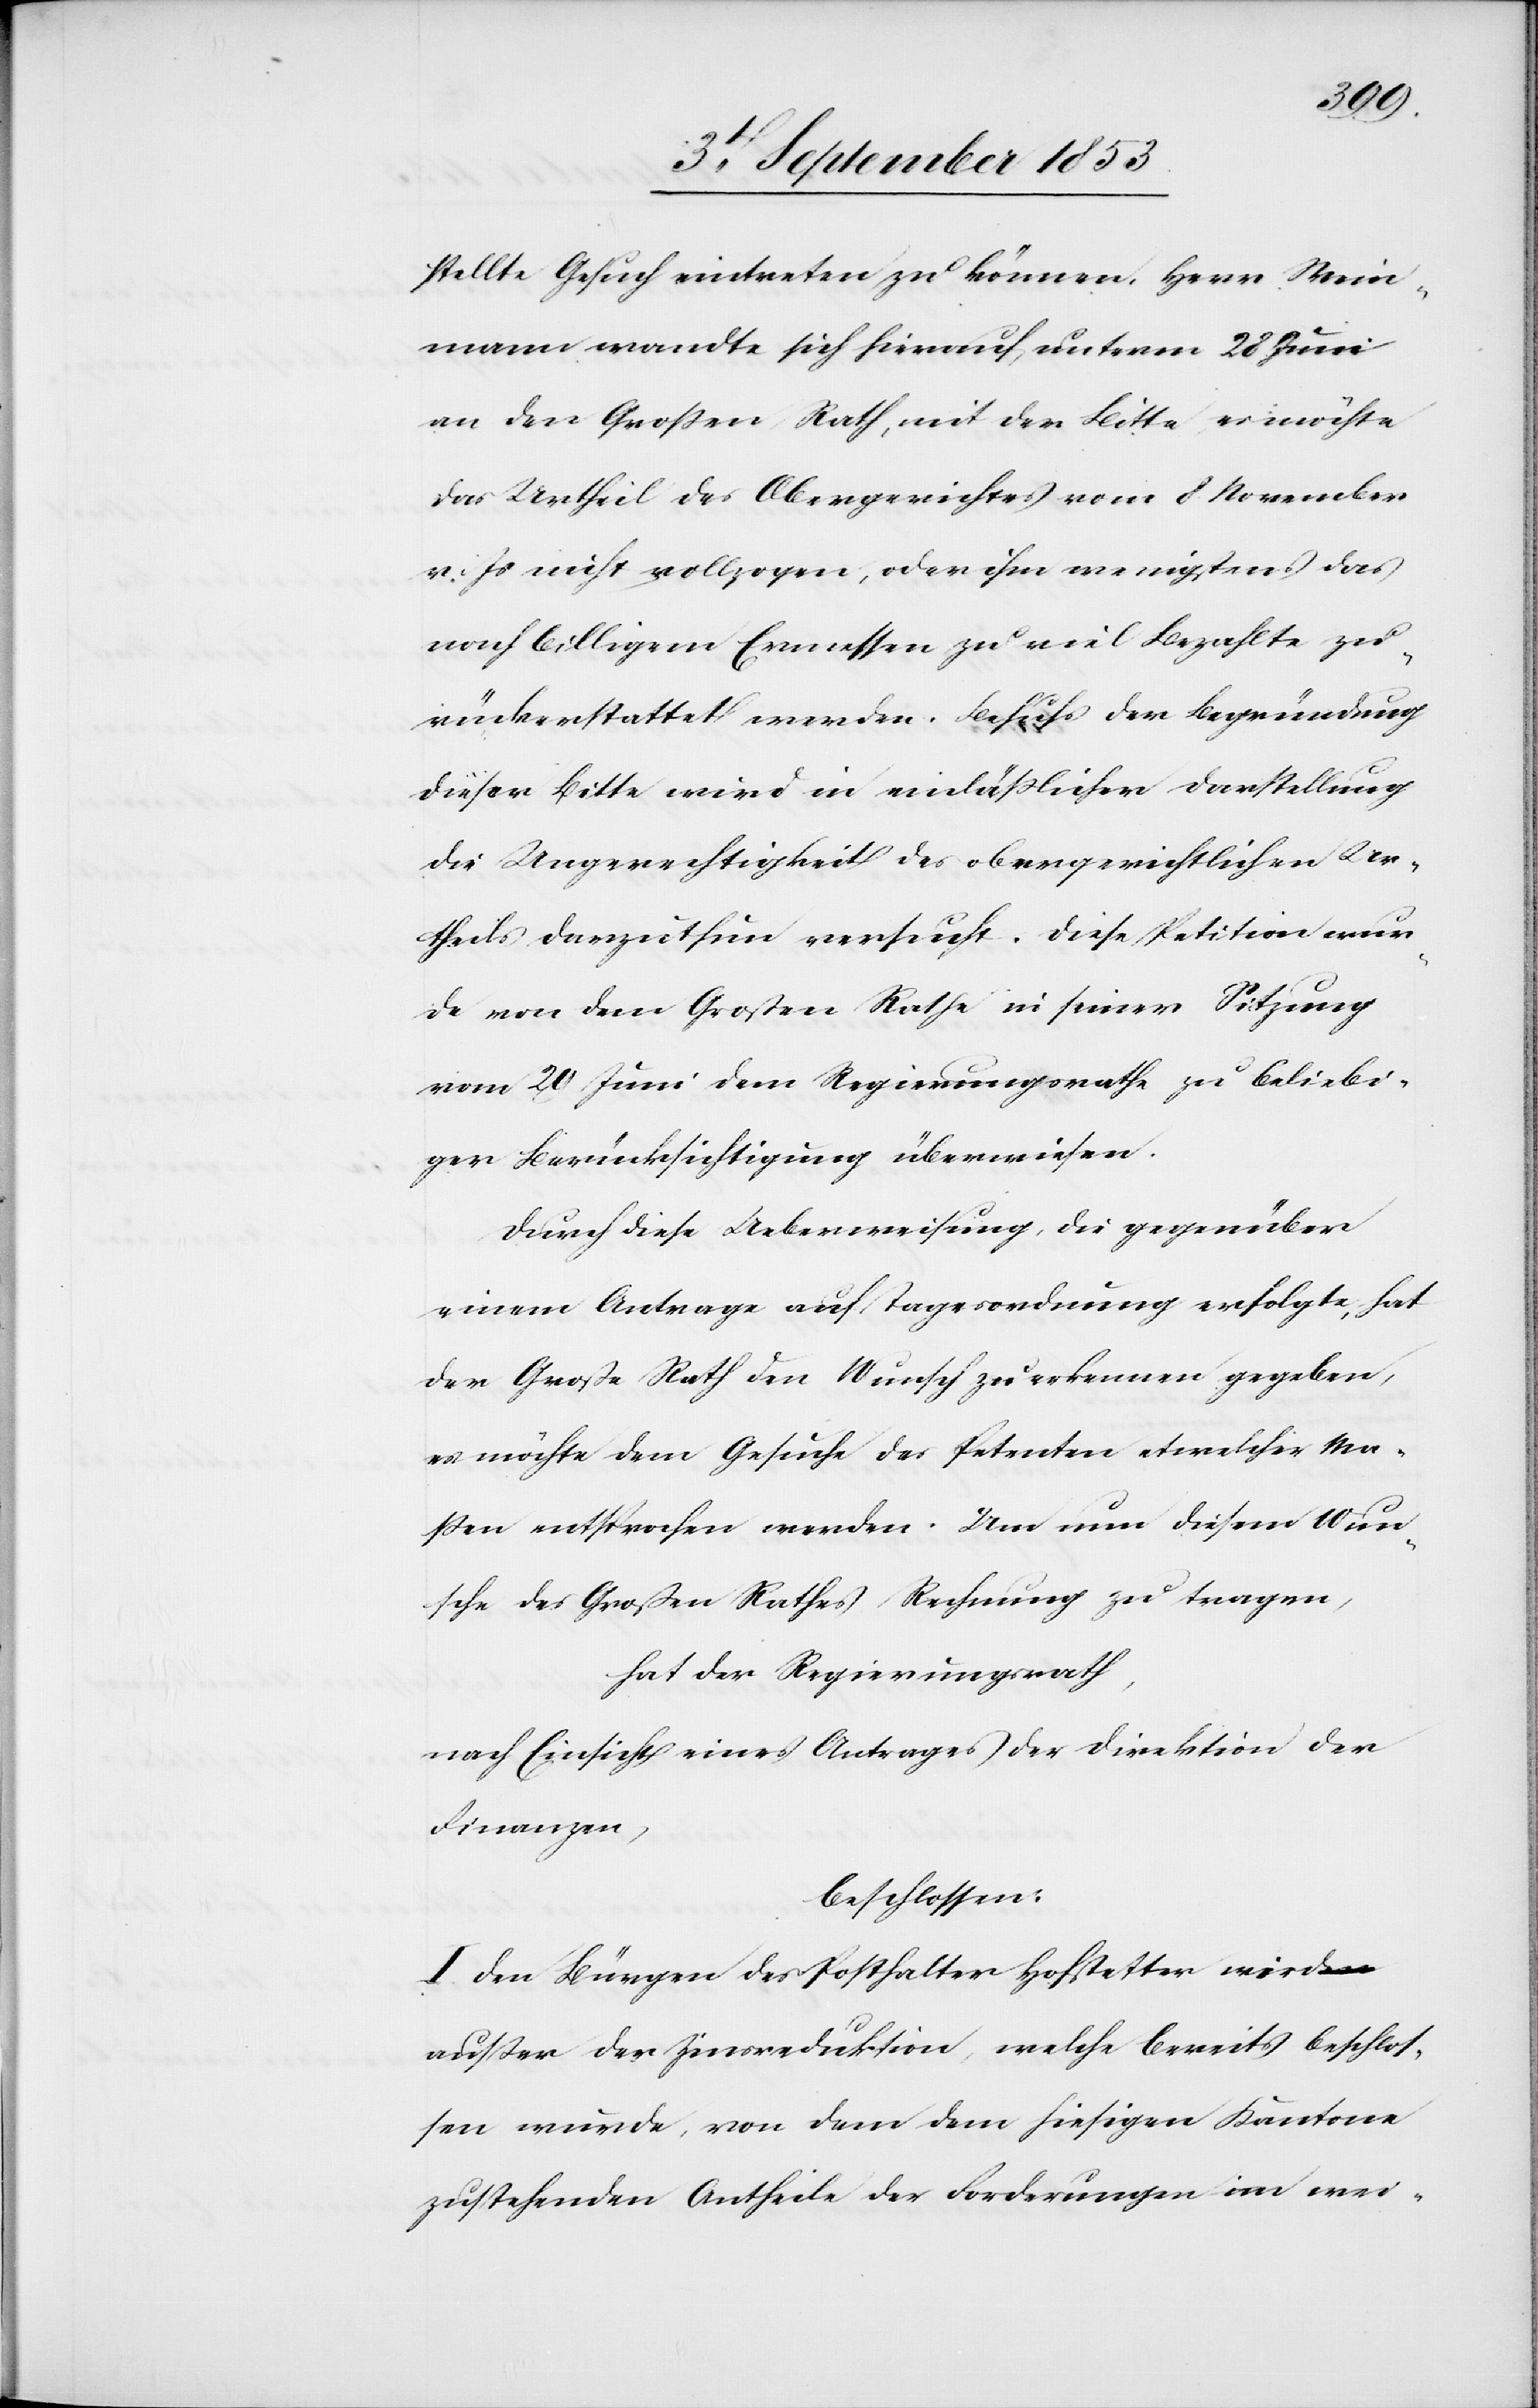
stellte Gesuch eintreten zu können. Herrn Wei¬
mann wandte sich hierauf, unterm 28 Juni
an den Großen Rath, mit der Bitte es möchte
das Urtheil des Obergerichtes vom 8 November
v. Js. nicht vollzogen, oder ihm wenigstens das
nach billigem Ermessen zu viel Bezahlte zu¬
rückerstattet werden. Behufs der Begründung
dieser Bitte wird in einläßlicher Darstellung
die Ungerechtigkeit des obergerichtlichen Ur¬
theils darzuthun versucht. Diese Petition wur¬
de von dem Großen Rathe in seiner Sitzung
vom 20 Juni dem Regierungsrathe zu beliebi¬
ger Berücksichtigung überwiesen.
Durch diese Ueberweisung, die gegenüber
einem Antrage auf Tagesordnung erfolgte, hat
der Große Rath den Wunsch zu erkennen gegeben,
es möchte dem Gesuche der Petenten etwelcher Ma¬
ßen entsprochen werden. Um nun diesem Wun¬
sche des Großen Rathes Rechnung zu tragen,
hat der Regierungsrath,
nach Einsicht eines Antrages der Direktion der
Finanzen,
beschlossen:
I. Den Bürgen des Posthalter Hofstetter wird
außer der Zinsreduktion, welche bereits beschlos¬
sen wurde, von dem dem hiesigen Kantone
zustehenden Antheile der Forderungen im wei-